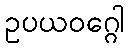
ဥပယဝဂ္ဂေါ